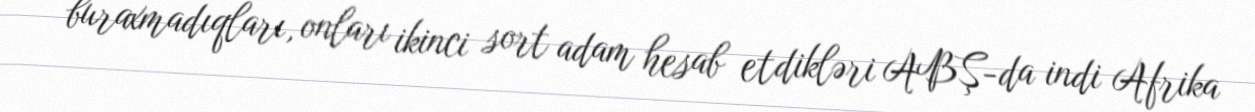
buraxmadıqları, onları ikinci sort adam hesab etdikləri ABŞ-da indi Afrika